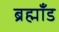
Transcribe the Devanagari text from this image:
ब्रह्माँड